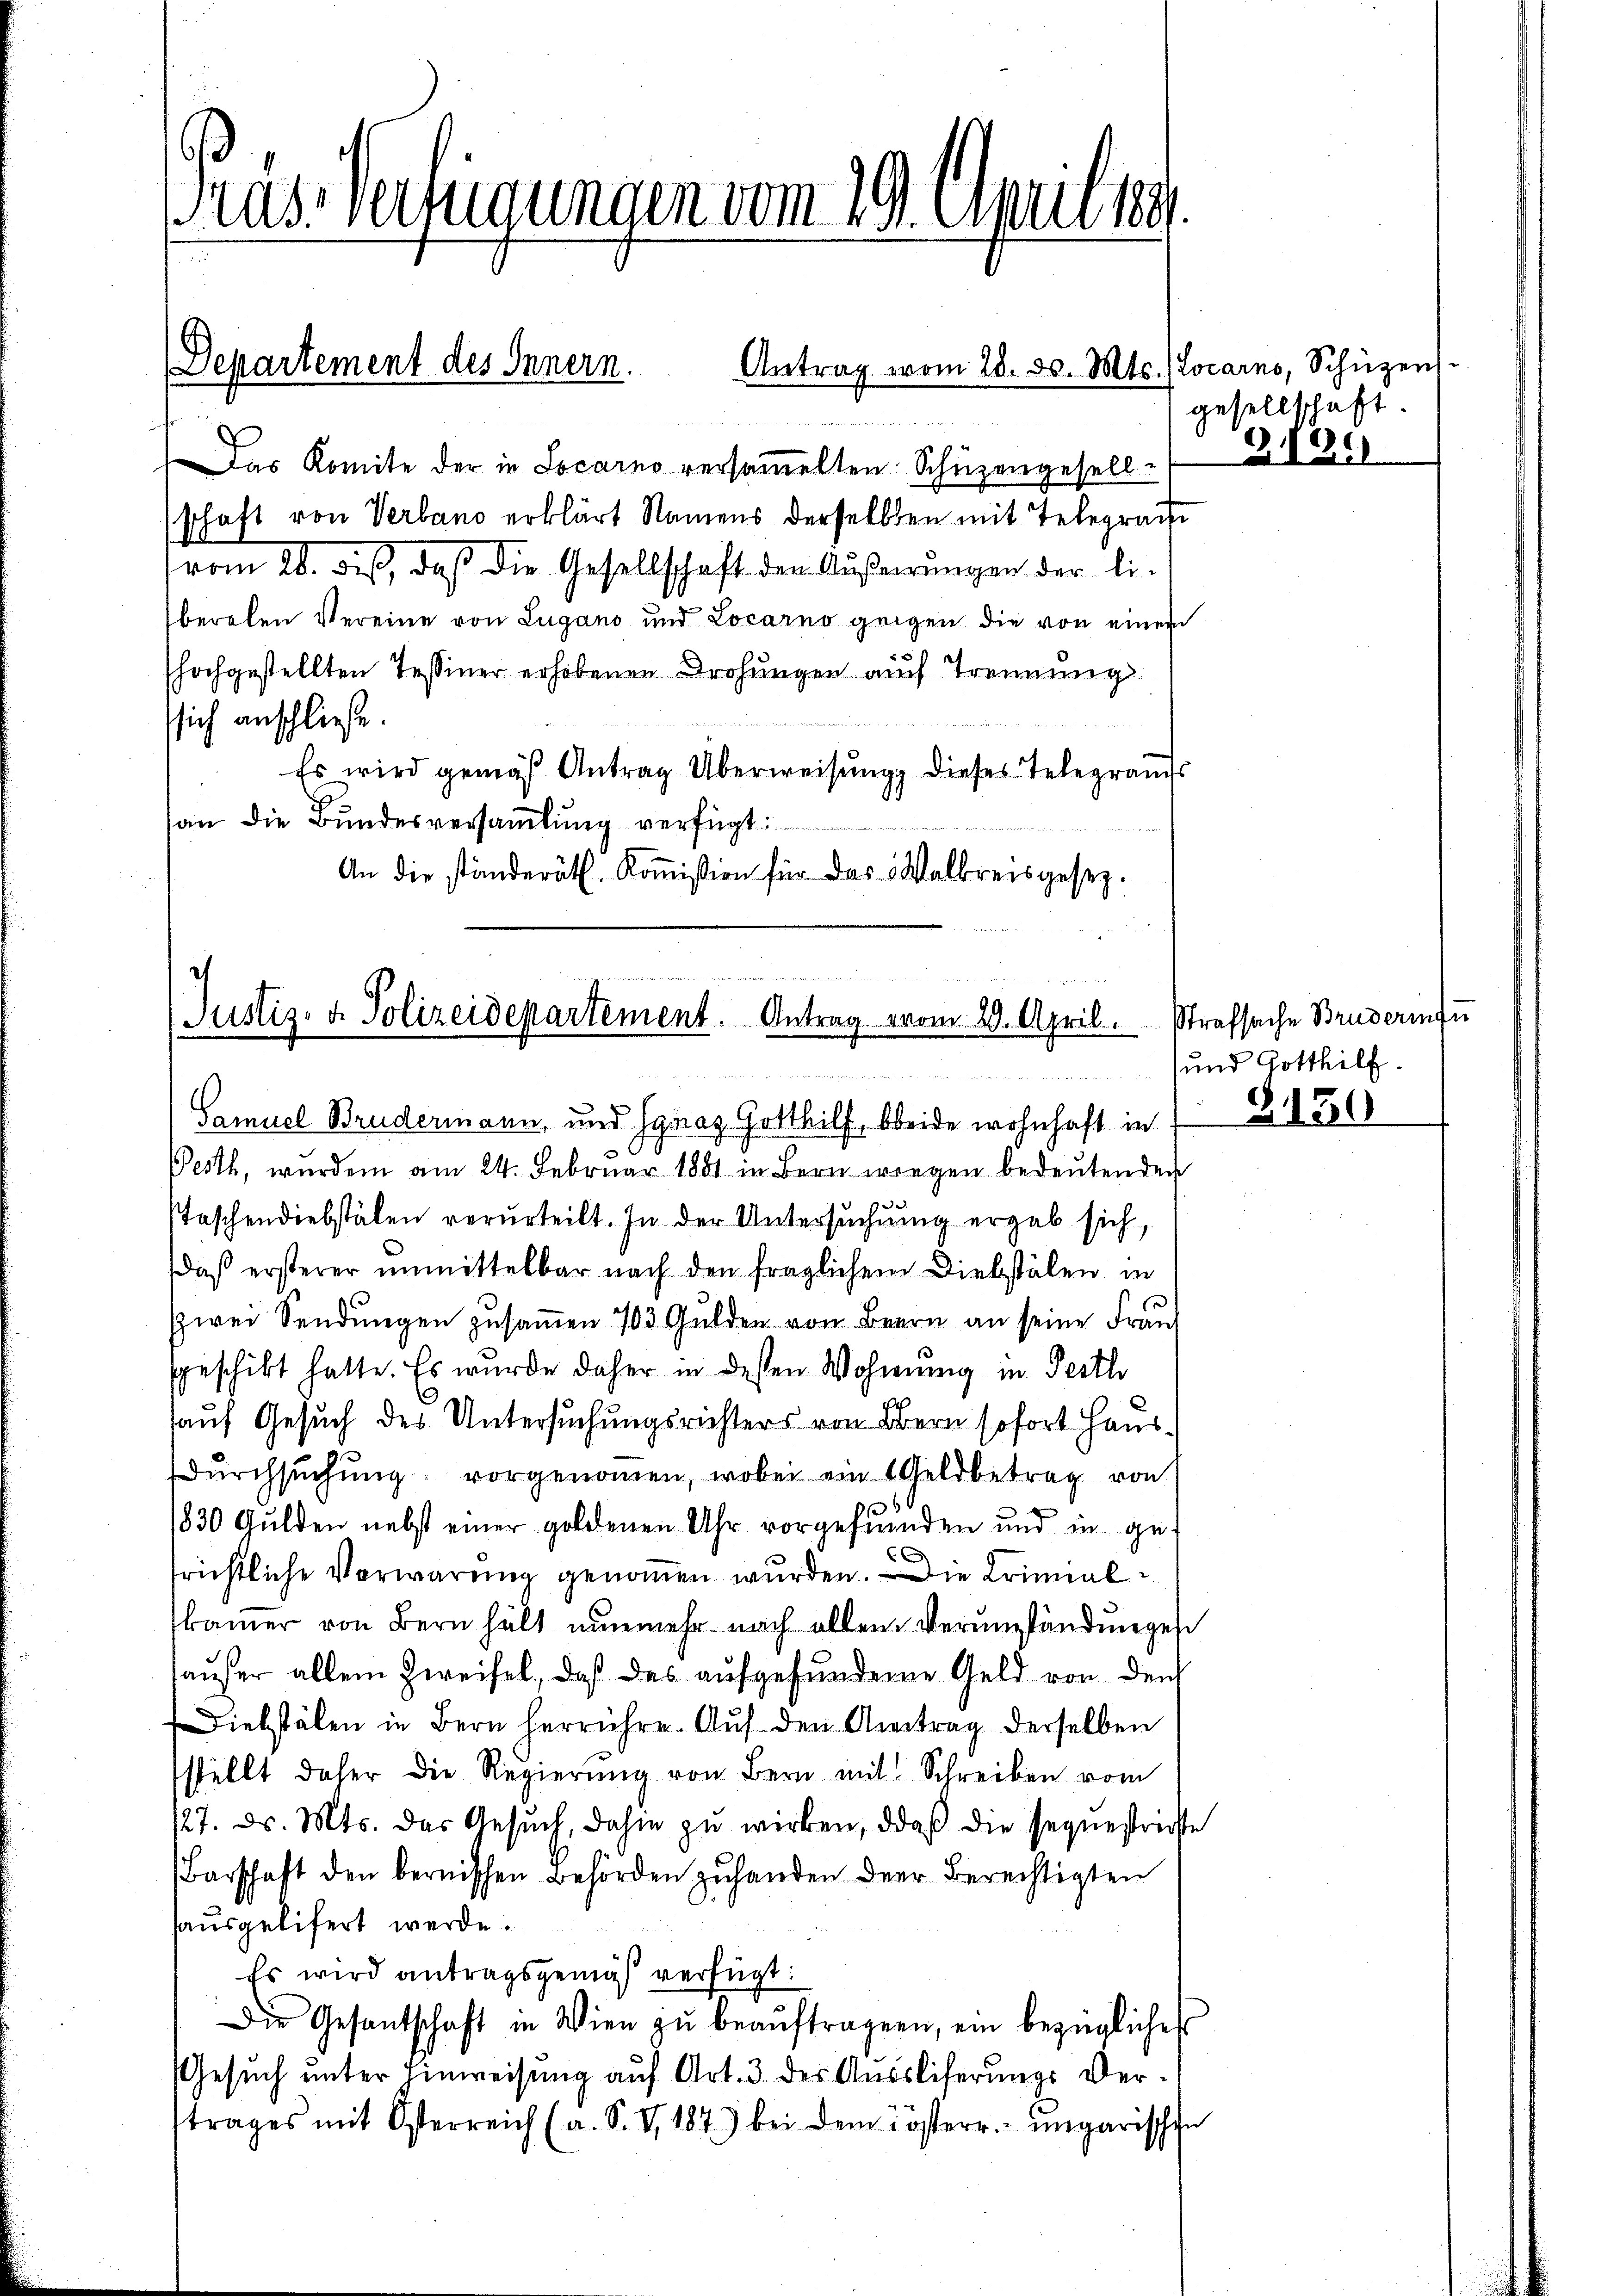
Pras Vertigungen vom 19. Aprilis

Departement des Innern.
Antrag vom 28. ds. Mts.

Warten Art. 1

Das Komite der in Locarno versammelten Schüzengesell-
schaft von Verband erklärt Namens derselben mit Telegrathe
vom 26. dis, daß die Gesellschaft den Äußerungen der li-
beralen Vereine von Lugano und Locarno gegen die von einem
hochgestellten Tessiner erhobenen Drohungen auch Trennung
ssich anschließe.
Es wird gemäß Antrag Überweisung dieses Telegrands
an die Bundesversammlung verfügt:
An die ständeräth. Koṁission für das Walkreisgesez¬

Justiz- & Polizeidepartement Antrag vom 29. April. Strafsache Bruderintu

Locarno, Schüzens.
gesellschaft
G.12)

Samuel Brudermann, und Jgnaz Gotthilf, beide wohnhaft in
Pesth, wurden am 24. Februar 1881 in Bern wiegen bedeutenden
staschendiebstälen verurteilt. In der Untersuchung ergab sich,
daß ersterer unmittelbar nach den fraglichem Diebstälen in
zwei Sendungen zusammen 103 Gulden von Bern an seine Frau
sgeschikt hatte. Es wurde daher in dessen Wohnung in Perth
hauf Gesuch des Untersuchungsrichters von Obern sofort Hausdŭrchsuchung vorgenommen, wobei ein Geldbetrag von
1830 Gulden nebst einer goldenen Uhr vorgefunden und in ge¬
C
frichtliche Verwarung genommen wurden. Die Krimialkammer von Bern hält nunmehr nach allen Verumständungen
außer allem Zweifel, daß das aufgefunderne Geld von den
Diebstälen in Bern herrühre. Auf den Antrag derselben
stellt daher die Regierŭng von Bern mit Schreiben vom
127. ds. Mts. das Gesŭch, dahin zŭ wirken, daβ die sequestrichte
Barschaft den bernischen Behörden zŭ handen der Berechtigten
haŭsgeliefert werde.
Es wird antragsgemäß verfügt:
Die Gesantschaft in Wien zŭ beaŭftragen, ein bezügliches
Gesuch unter Hinweisung auf Art. 3 des Aussliferungs Vertrages mit Österreich (a. S. V, 1873 bei dem Kösterr. ungarische

13

und Gotthilf